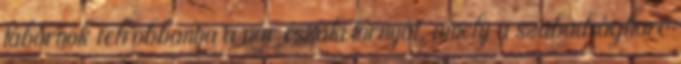
tábornok felrobbantja a vár északi tornyát, amely a szabadságharc